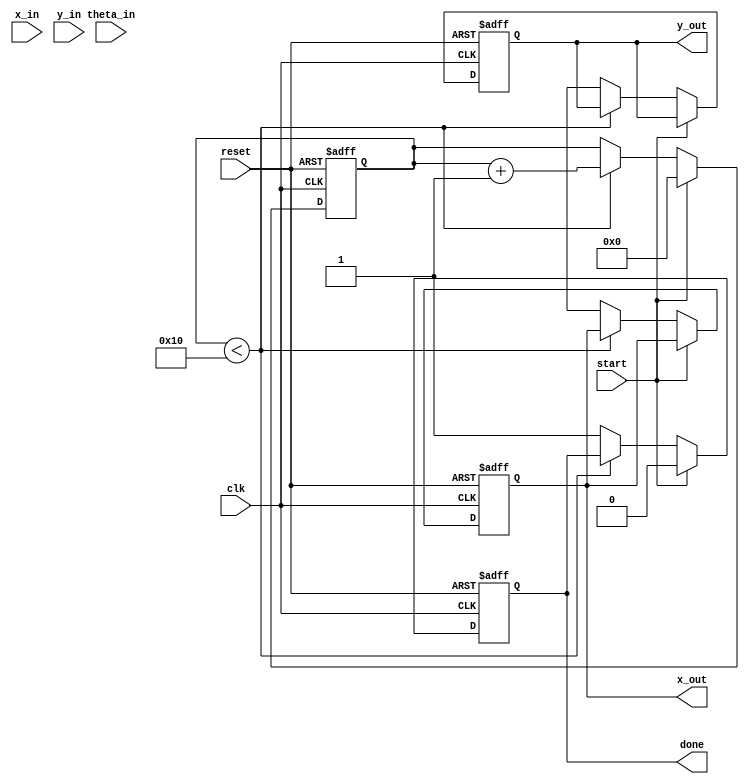
module cordic (
    input wire clk,
    input wire reset,
    input wire start,
    input wire signed [15:0] x_in,  // Input X coordinate
    input wire signed [15:0] y_in,  // Input Y coordinate
    input wire signed [15:0] theta_in, // Input angle in fixed-point format
    output reg signed [15:0] x_out,  // Output X coordinate
    output reg signed [15:0] y_out,  // Output Y coordinate
    output reg done
);

    parameter NUM_ITERATIONS = 16; // Number of iterations
    reg signed [15:0] x[0:NUM_ITERATIONS-1]; // X coordinate registers
    reg signed [15:0] y[0:NUM_ITERATIONS-1]; // Y coordinate registers
    reg signed [15:0] theta[0:NUM_ITERATIONS-1]; // Angle registers
    reg [3:0] iter; // Iteration counter
    reg signed [15:0] angle_table [0:NUM_ITERATIONS-1]; // Lookup table for arctangent values

    // Initialize angle table (precomputed)
    initial begin
        angle_table[0] = 16'h1C71; // atan(2^-0)
        angle_table[1] = 16'h1B74; // atan(2^-1)
        angle_table[2] = 16'h1A3D; // atan(2^-2)
        angle_table[3] = 16'h189F; // atan(2^-3)
        angle_table[4] = 16'h178D; // atan(2^-4)
        angle_table[5] = 16'h1663; // atan(2^-5)
        angle_table[6] = 16'h154E; // atan(2^-6)
        angle_table[7] = 16'h142E; // atan(2^-7)
        angle_table[8] = 16'h130C; // atan(2^-8)
        angle_table[9] = 16'h11E8; // atan(2^-9)
        angle_table[10] = 16'h10C2; // atan(2^-10)
        angle_table[11] = 16'h0F9A; // atan(2^-11)
        angle_table[12] = 16'h0E70; // atan(2^-12)
        angle_table[13] = 16'h0D44; // atan(2^-13)
        angle_table[14] = 16'h0C16; // atan(2^-14)
        angle_table[15] = 16'h0AE6; // atan(2^-15)
    end

    always @(posedge clk or posedge reset) begin
        if (reset) begin
            x_out <= 0;
            y_out <= 0;
            done <= 0;
            iter <= 0;
        end else if (start) begin
            // Initialize input values
            x[0] <= x_in;
            y[0] <= y_in;
            theta[0] <= theta_in;
            iter <= 0;
            done <= 0;
        end else if (iter < NUM_ITERATIONS) begin
            // CORDIC rotation logic
            if (theta[iter] < 0) begin
                x[iter + 1] <= x[iter] + (y[iter] >>> iter);
                y[iter + 1] <= y[iter] - (x[iter] >>> iter);
                theta[iter + 1] <= theta[iter] + angle_table[iter];
            end else begin
                x[iter + 1] <= x[iter] - (y[iter] >>> iter);
                y[iter + 1] <= y[iter] + (x[iter] >>> iter);
                theta[iter + 1] <= theta[iter] - angle_table[iter];
            end
            iter <= iter + 1;
        end else begin
            // Final output
            x_out <= x[NUM_ITERATIONS];
            y_out <= y[NUM_ITERATIONS];
            done <= 1;
        end
    end
endmodule